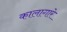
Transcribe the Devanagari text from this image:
कालागारे